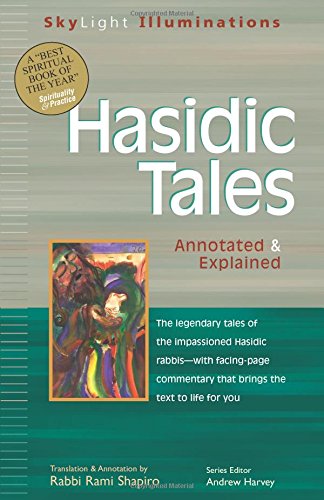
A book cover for Hasidic Tales: Annotated & Explained (SkyLight Illuminations); Religion & Spirituality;